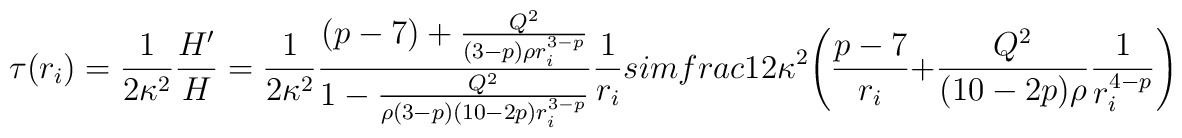
\tau (r_i)=\frac{1}{2\kappa^2}\frac{H'}{H}=\frac{1}{2\kappa^2}\frac{ (p-7) +\frac{Q^2}{(3-p)\rho r_i^{3-p}}}{1-\frac{Q^2}{\rho (3-p)(10-2p)r_i^{3-p}}}\frac{1}{r_i}\\sim\\frac{1}{2\kappa^2}\Bigg(\frac{p-7}{r_i}+\frac{Q^2}{(10-2p)\rho}\frac{1}{r_i^{4-p}}\Bigg)